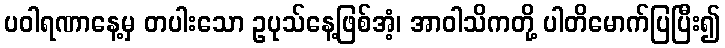
ပဝါရဏာနေ့မှ တပါးသော ဥပုသ်နေ့ဖြစ်အံ့၊ အာဝါသိကတို့ ပါတိမောက်ပြပြီး၍